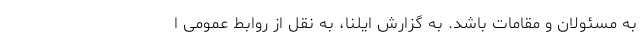
به مسئولان و مقامات باشد. به گزارش ایلنا، به نقل از روابط عمومی ا